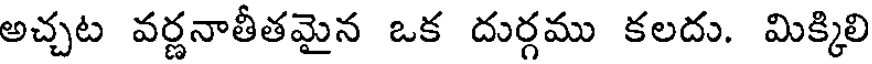
అచ్చట వర్ణనాతీతమైన ఒక దుర్గము కలదు. మిక్కిలి